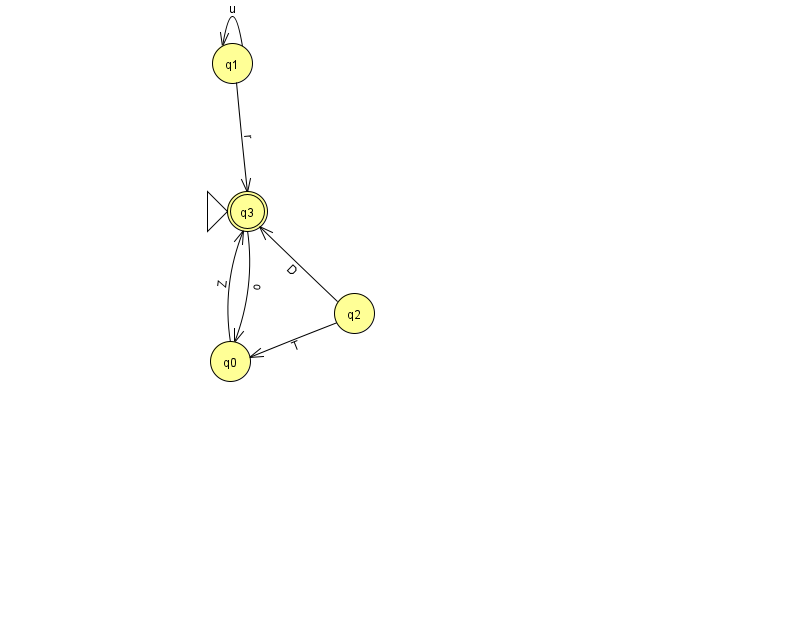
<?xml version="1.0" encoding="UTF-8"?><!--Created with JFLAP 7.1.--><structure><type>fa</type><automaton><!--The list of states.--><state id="0" name="q0"><x>230.0</x><y>348.0</y></state><state id="1" name="q1"><x>232.0</x><y>50.0</y></state><state id="2" name="q2"><x>354.0</x><y>300.0</y></state><state id="3" name="q3"><x>247.0</x><y>198.0</y><initial/><final/></state><!--The list of transitions.--><transition><from>1</from><to>1</to><read>u</read></transition><transition><from>2</from><to>3</to><read>D</read></transition><transition><from>0</from><to>3</to><read>Z</read></transition><transition><from>2</from><to>0</to><read>T</read></transition><transition><from>1</from><to>3</to><read>r</read></transition><transition><from>3</from><to>0</to><read>o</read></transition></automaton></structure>